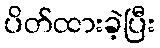
ပိတ်ထားခဲ့ပြီး